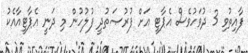
ފާއިތުވި 3 ދުވަހުވެސް އެޕާޓީ އަށް ފުރުޞަތުދީ ފުލުހުން މި ދަނީ އެޕާޓީއާއެކު